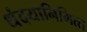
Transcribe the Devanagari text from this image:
धंदयानिमित्त्‍ा